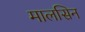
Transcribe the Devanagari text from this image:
मालसिन